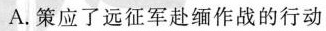
A.策应了远征军赴缅作战的行动